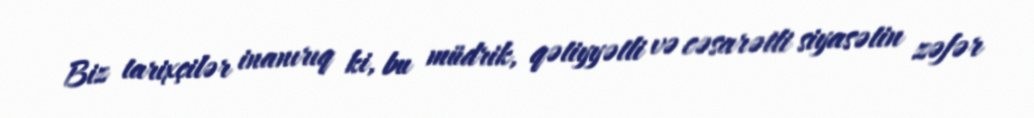
Biz tarixçilər inanırıq ki, bu müdrik, qətiyyətli və cəsarətli siyasətin zəfər